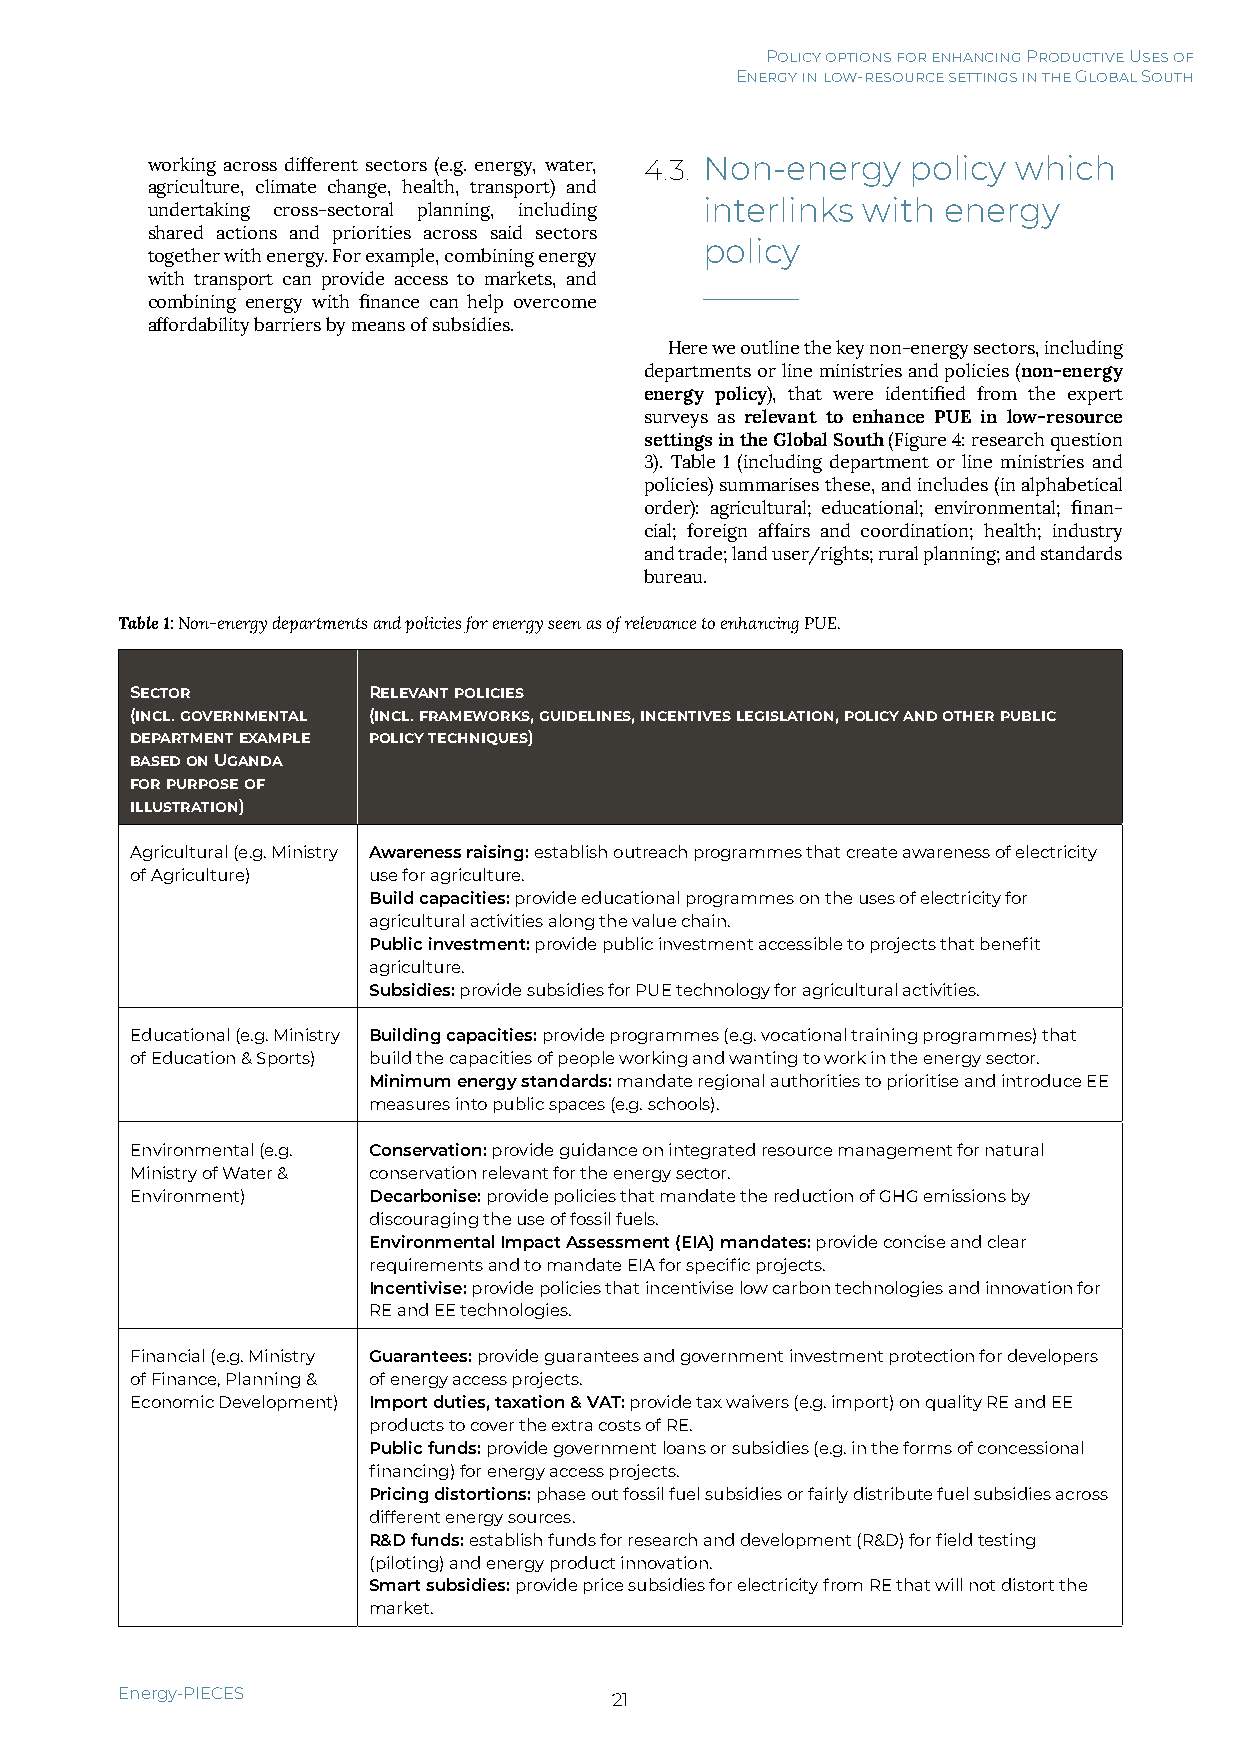
Policy options for enhancing Productive Uses of
 Energy in low-resource settings in the Global South
 working across different sectors (e.g. energy, water, 4.3. Non-energy policy which
 agriculture, climate change, health, transport) and
 undertaking cross-sectoral planning, including interlinks with energy
 shared actions and priorities across said sectors
 policy
 together with energy. For example, combining energy
 with transport can provide access to markets, and
 combining energy with finance can help overcome
 affordability barriers by means of subsidies.
 Here we outline the key non-energy sectors, including
 departments or line ministries and policies (non-energy
 energy policy), that were identified from the expert
 surveys as relevant to enhance PUE in low-resource
 settings in the Global South (Figure 4: research question
 3). Table 1 (including department or line ministries and
 policies) summarises these, and includes (in alphabetical
 order): agricultural; educational; environmental; finan-
 cial; foreign affairs and coordination; health; industry
 and trade; land user/rights; rural planning; and standards
 bureau.
 Table 1: Non-energy departments and policies for energy seen as of relevance to enhancing PUE.
 Sector         Relevant policies
 (incl. governmental (incl. frameworks, guidelines, incentives legislation, policy and other public
 department example policy techniques)
 based on Uganda
 for purpose of
 illustration)
 Agricultural (e.g. Ministry Awareness raising: establish outreach programmes that create awareness of electricity
 of Agriculture) use for agriculture.
 Build capacities: provide educational programmes on the uses of electricity for
 agricultural activities along the value chain.
 Public investment: provide public investment accessible to projects that benefit
 agriculture.
 Subsidies: provide subsidies for PUE technology for agricultural activities.
 Educational (e.g. Ministry Building capacities: provide programmes (e.g. vocational training programmes) that
 of Education & Sports) build the capacities of people working and wanting to work in the energy sector.
 Minimum energy standards: mandate regional authorities to prioritise and introduce EE
 measures into public spaces (e.g. schools).
 Environmental (e.g. Conservation: provide guidance on integrated resource management for natural
 Ministry of Water & conservation relevant for the energy sector.
 Environment)   Decarbonise: provide policies that mandate the reduction of GHG emissions by
 discouraging the use of fossil fuels.
 Environmental Impact Assessment (EIA) mandates: provide concise and clear
 requirements and to mandate EIA for specific projects.
 Incentivise: provide policies that incentivise low carbon technologies and innovation for
 RE and EE technologies.
 Financial (e.g. Ministry Guarantees: provide guarantees and government investment protection for developers
 of Finance, Planning & of energy access projects.
 Economic Development) Import duties, taxation & VAT: provide tax waivers (e.g. import) on quality RE and EE
 products to cover the extra costs of RE.
 Public funds: provide government loans or subsidies (e.g. in the forms of concessional
 financing) for energy access projects.
 Pricing distortions: phase out fossil fuel subsidies or fairly distribute fuel subsidies across
 different energy sources.
 R&D funds: establish funds for research and development (R&D) for field testing
 (piloting) and energy product innovation.
 Smart subsidies: provide price subsidies for electricity from RE that will not distort the
 market.
 Energy-PIECES                   21